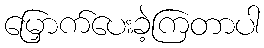
မြှောက်ပေးခဲ့ကြတာပါ